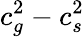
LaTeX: c_{g}^{2}-c_{s}^{2}